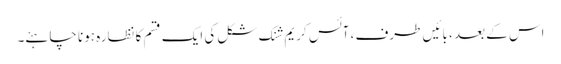
اس کے بعد ، بائیں طرف ، آئس کریم شنک شکل کی ایک قسم کا نظارہ ہونا چاہئے۔